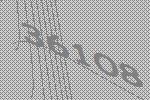
36108